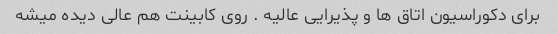
برای دکوراسیون اتاق ها و پذیرایی عالیه . روی کابینت هم عالی دیده میشه